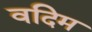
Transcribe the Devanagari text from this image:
वदिम